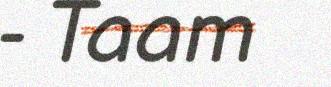
- Taam